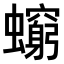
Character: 𧔚